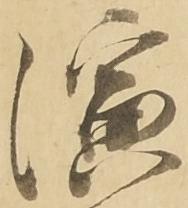
演